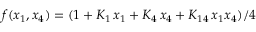
f ( x _ { 1 } , x _ { 4 } ) = ( 1 + K _ { 1 } \, x _ { 1 } + K _ { 4 } \, x _ { 4 } + K _ { 1 4 } \, x _ { 1 } x _ { 4 } ) / 4